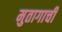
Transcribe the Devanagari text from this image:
मुतागाची